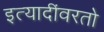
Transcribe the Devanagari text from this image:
इत्यादींवरतो